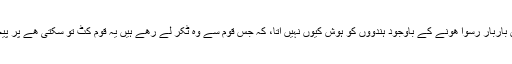
مسلمانوں کے ہاتھوں باربار رسوا ھونے کے باوجود ہندووں کو ہوش کیوں نہیں اتا، کہ جس قوم سے وہ ٹکر لے رھے ہیں یہ قوم کٹ تو سکتی ھے پر پیچھے نہیں ہٹ سکتی۔